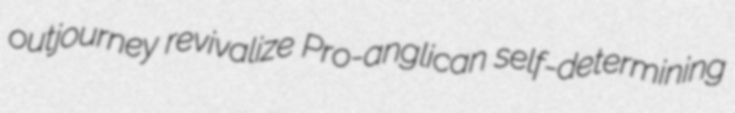
outjourney revivalize Pro-anglican self-determining